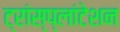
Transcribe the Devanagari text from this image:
ट्रांस्प्लांटेशन